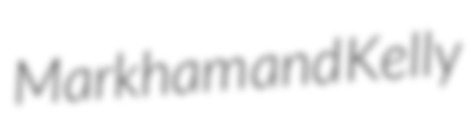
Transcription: Markham and Kelly